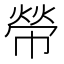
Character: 𢄋